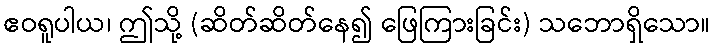
ဧဝရူပါယ၊ ဤသို့ (ဆိတ်ဆိတ်နေ၍ ဖြေကြားခြင်း) သဘောရှိသော။